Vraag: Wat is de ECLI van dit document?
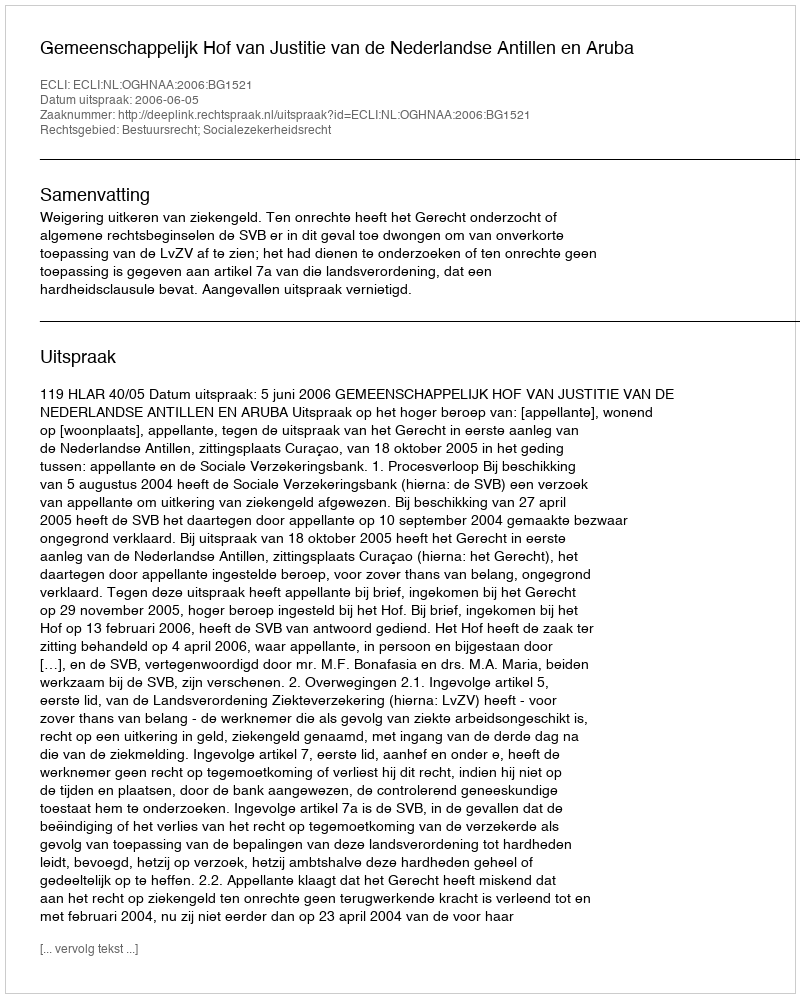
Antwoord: ECLI:NL:OGHNAA:2006:BG1521